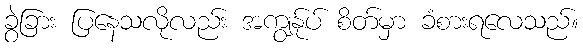
ခွဲခြား ပြနေသလိုလည်း အကျွန်ုပ် စိတ်မှာ ခံစားရလေသည်။